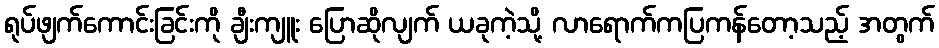
ရုပ်ဖျက်ကောင်းခြင်းကို ချီးကျူး ပြောဆိုလျက် ယခုကဲ့သို့ လာရောက်ကပြကန်တော့သည့် အတွက်